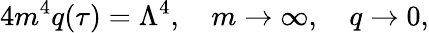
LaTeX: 4m^{4}q(\tau)=\Lambda^{4},\quad m\rightarrow\infty,\quad q\rightarrow 0,